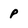
Character: P